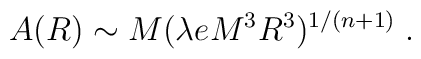
A(R)\sim M (\lambda eM^3R^3)^{1/(n+1)}\;.